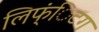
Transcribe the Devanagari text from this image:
लिफ्ंिटग